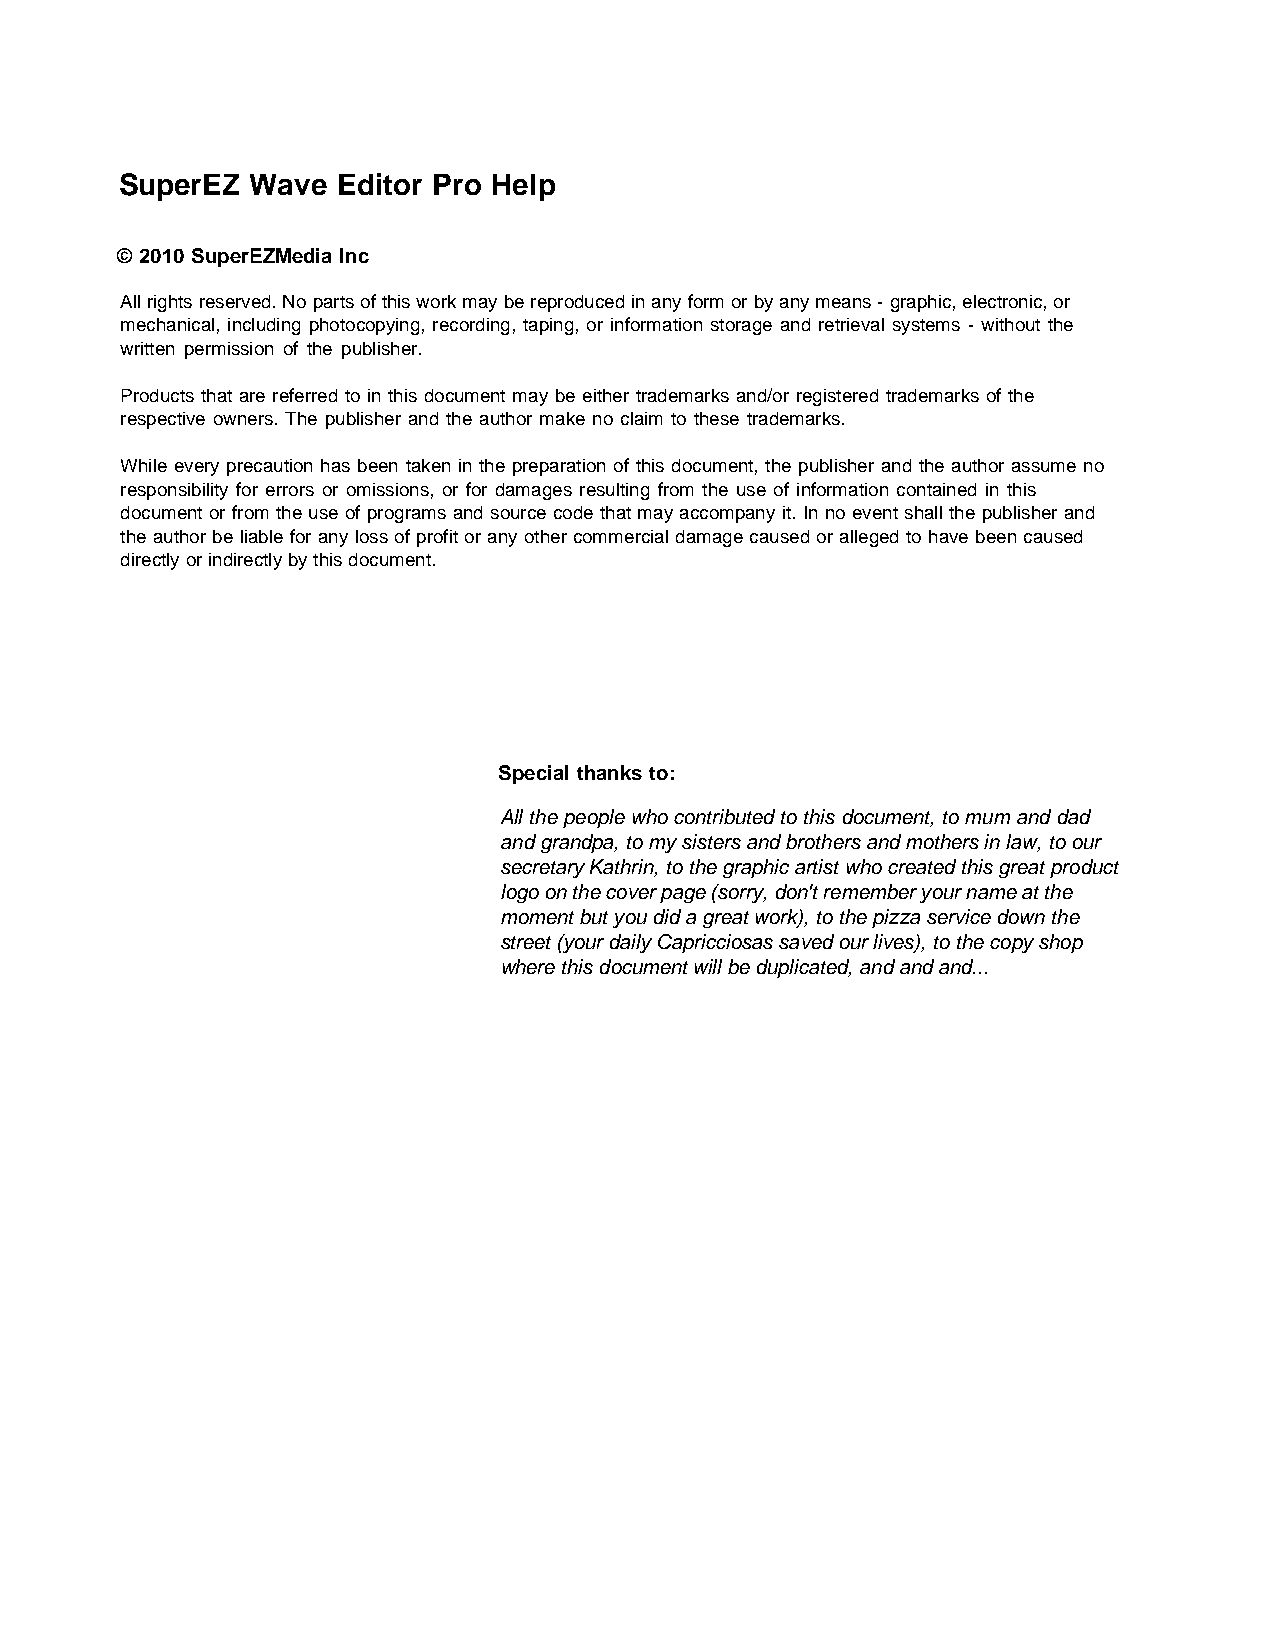
SuperEZ  Wave Editor Pro Help
 © 2010 SuperEZMedia Inc
 All rights reserved. No parts of this work may be reproduced in any form or by any means - graphic, electronic, or
 mechanical, including photocopying, recording, taping, or information storage and retrieval systems - without the
 written permission of the publisher.
 Products that are referred to in this document may be either trademarks and/or registered trademarks of the
 respective owners. The publisher and the author make no claim to these trademarks.
 While every precaution has been taken in the preparation of this document, the publisher and the author assume no
 responsibility for errors or omissions, or for damages resulting from the use of information contained in this
 document or from the use of programs and source code that may accompany it. In no event shall the publisher and
 the author be liable for any loss of profit or any other commercial damage caused or alleged to have been caused
 directly or indirectly by this document.
 Special thanks to:
 All the people who contributed to this document, to mum and dad
 and grandpa, to my sisters and brothers and mothers in law, to our
 secretary Kathrin, to the graphic artist who created this great product
 logo on the cover page (sorry, don't remember your name at the
 moment but you did a great work), to the pizza service down the
 street (your daily Capricciosas saved our lives), to the copy shop
 where this document will be duplicated, and and and...